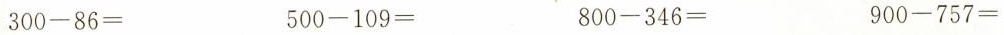
$$ 300 - 86 =$$ $$ 500 - 109 =$$ $$ 800 - 346 =$$ $$ 900 - 757 =$$